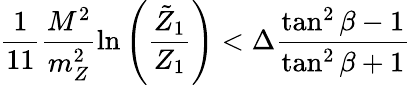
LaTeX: \frac{1}{11}\frac{M^{2}}{m_{Z}^{2}}\ln\left(\frac{\tilde{Z}_{1}}{Z_{1}}\right)<\Delta\frac{\tan^{2}\beta-1}{\tan^{2}\beta+1}